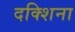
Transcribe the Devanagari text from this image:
दक्शिना